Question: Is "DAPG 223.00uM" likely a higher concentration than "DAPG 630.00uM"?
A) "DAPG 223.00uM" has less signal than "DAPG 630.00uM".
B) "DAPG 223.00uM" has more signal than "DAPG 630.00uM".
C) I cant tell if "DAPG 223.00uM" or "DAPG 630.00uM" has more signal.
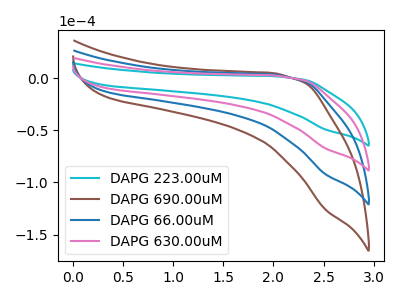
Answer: <think>The cyan curve "DAPG 223.00uM" has no peaks. The brown curve "DAPG 690.00uM" has no peaks. The blue curve "DAPG 66.00uM" has no peaks. The pink curve "DAPG 630.00uM" has no peaks.
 Neither "DAPG 223.00uM" or "DAPG 630.00uM" have any peaks.</think>
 <answer>C) I cant tell if "DAPG 223.00uM" or "DAPG 630.00uM" has more signal.</answer>
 <eval>C</eval>